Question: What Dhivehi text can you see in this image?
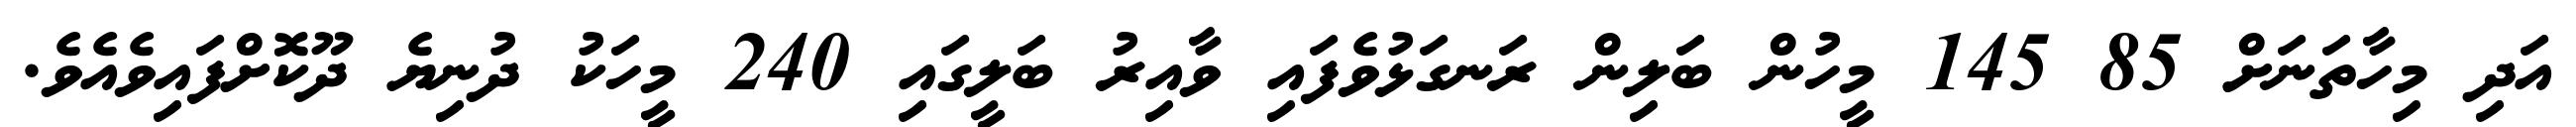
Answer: އަދި މިހާތަނަށް 85 145 މީހުން ބަލިން ރަނގަޅުވެފައި ވާއިރު ބަލީގައި 240 މީހަކު ދުނިޔެ ދޫކޮށްފައިވެއެވެ.